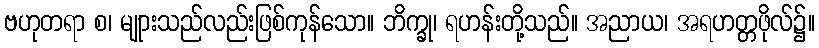
ဗဟုတရာ စ၊ မျုားသည်လည်းဖြစ်ကုန်သော။ ဘိက္ခု၊ ရဟန်းတို့သည်။ အညာယ၊ အရဟတ္တဖိုလ်၌။